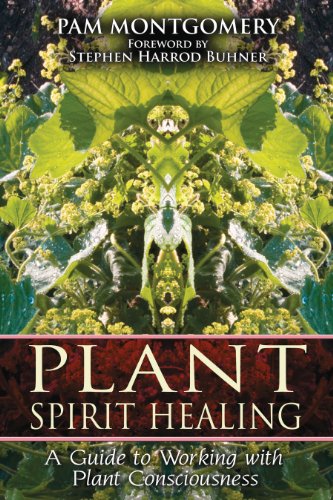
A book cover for Plant Spirit Healing: A Guide to Working with Plant Consciousness; Pam Montgomery; Medical Books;